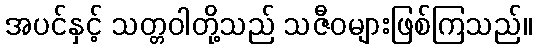
အပင်နှင့် သတ္တဝါတို့သည် သဇီဝများဖြစ်ကြသည်။